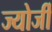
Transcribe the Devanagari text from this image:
ज्योर्जी